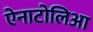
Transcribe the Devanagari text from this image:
ऐनाटोलिआ